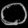
Digit: ၀